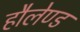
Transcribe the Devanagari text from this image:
हौलेण्ड